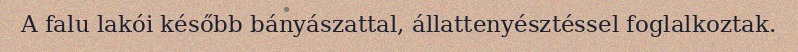
A falu lakói később bányászattal, állattenyésztéssel foglalkoztak.